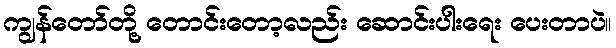
ကျွန်တော်တို့ တောင်းတော့လည်း ဆောင်းပါးရေး ပေးတာပဲ။